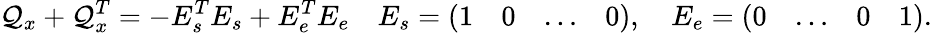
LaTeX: \mathcal{Q}_{x}+\mathcal{Q}_{x}^{T}=-E_{s}^{T}E_{s}+E_{e}^{T}E_{e}\quad E_{s}=\left(\begin{array}{llll}{1}&{0}&{\ldots}&{0}\end{array}\right),\quad E_{e}=\left(\begin{array}{llll}{0}&{\ldots}&{0}&{1}\end{array}\right).